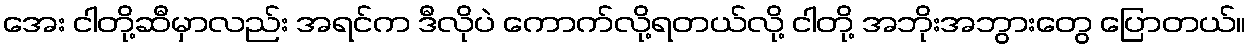
အေး ငါတို့ဆီမှာလည်း အရင်က ဒီလိုပဲ ကောက်လို့ရတယ်လို့ ငါတို့ အဘိုးအဘွားတွေ ပြောတယ်။